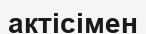
актісімен